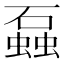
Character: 𬒣